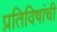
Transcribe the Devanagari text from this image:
प्रतिविषांची